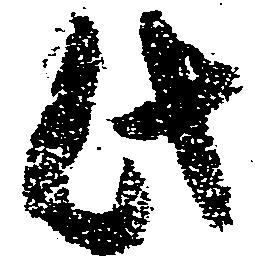
此